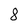
Character: 8